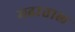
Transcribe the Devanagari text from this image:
मढाताल